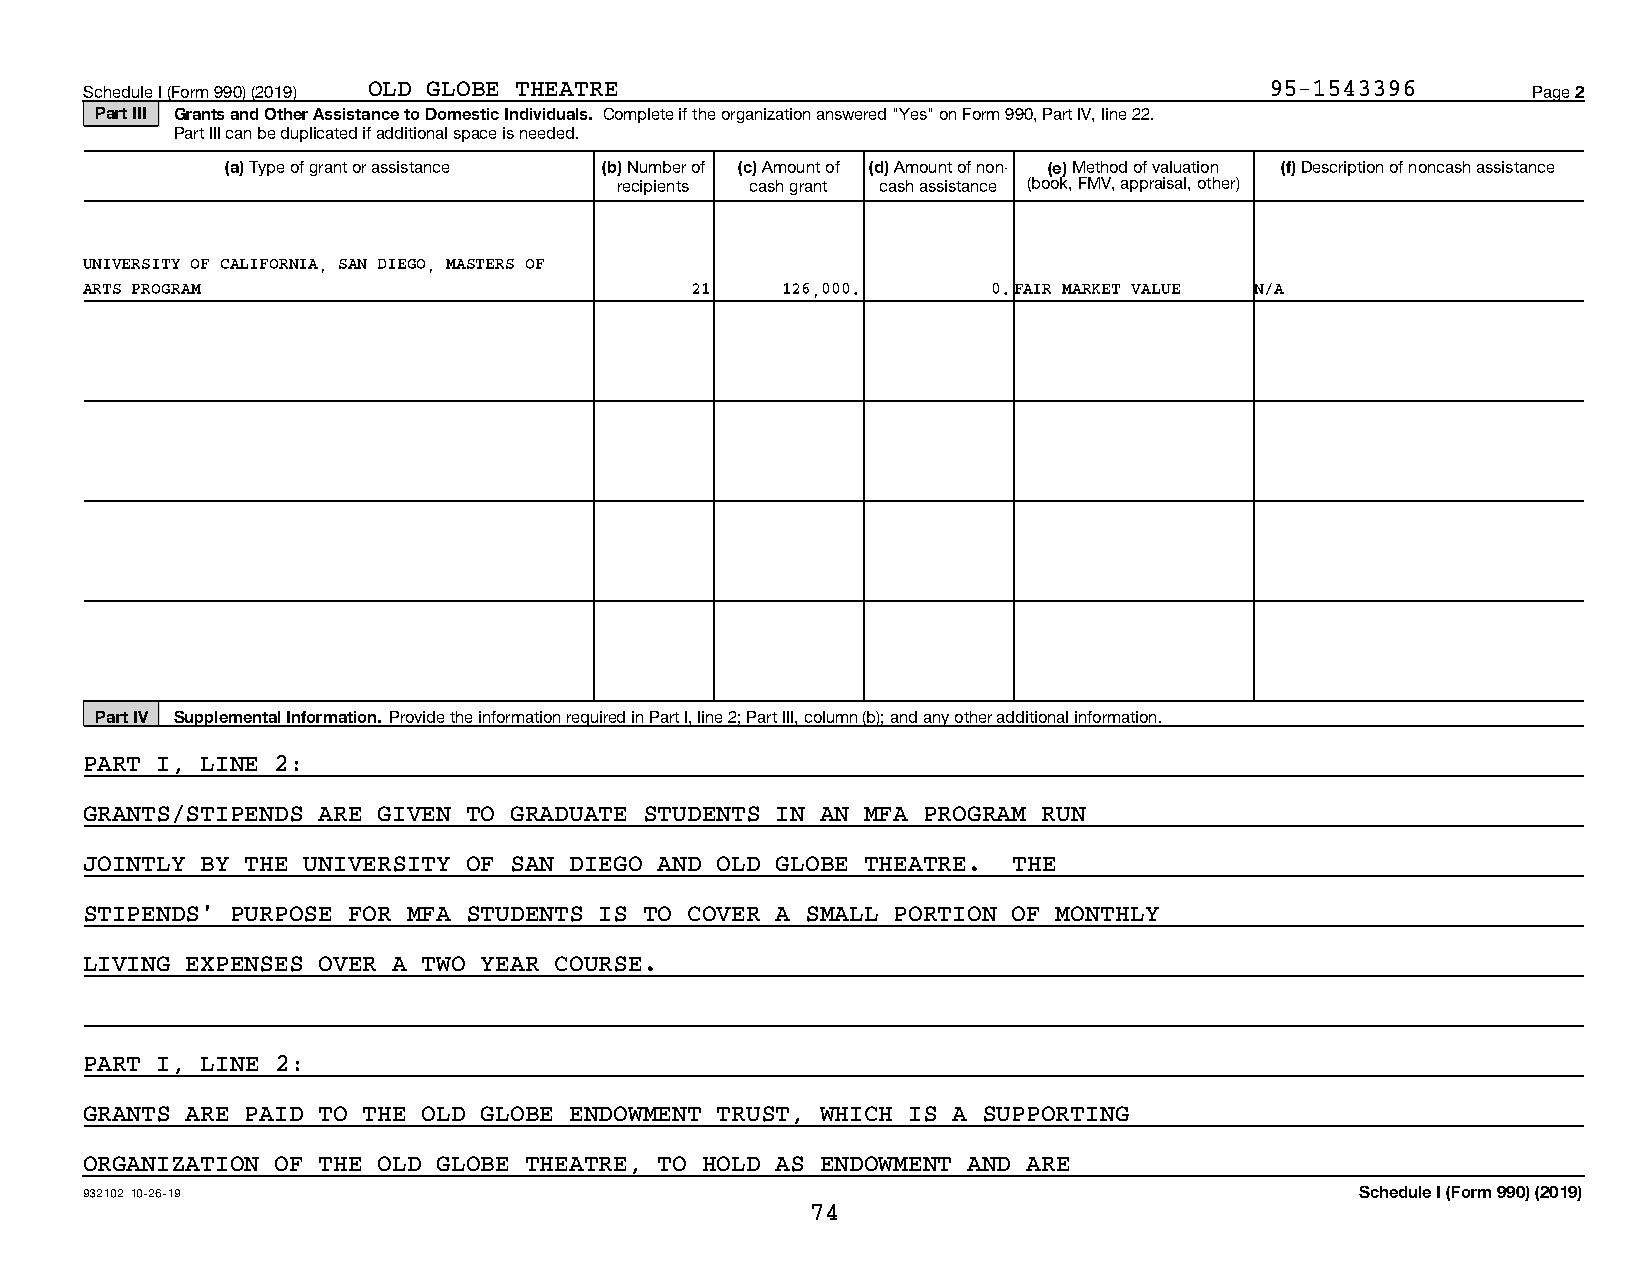
Schedule I (Form 990) (2019) OLD GLOBE THEATRE                                95-1543396       Page 2
 Part III Grants and Other Assistance to Domestic Individuals. Complete if the organization answered "Yes" on Form 990, Part IV, line 22.
 Part III can be duplicated if additional space is needed.
 (a) Type of grant or assistance (b) Number of (c) Amount of (d) Amount of non- (e) Method of valuation (f) Description of noncash assistance
 recipients cash grant cash assistance (book, FMV, appraisal, other)
 UNIVERSITY OF CALIFORNIA, SAN DIEGO, MASTERS OF
 ARTS PROGRAM                            21    126,000.      0.FAIR MARKET VALUE N/A
 Part IV Supplemental Information. Provide the information required in Part I, line 2; Part III, column (b); and any other additional information.
 PART I, LINE 2:
 GRANTS/STIPENDS ARE GIVEN TO GRADUATE STUDENTS IN AN MFA PROGRAM RUN
 JOINTLY BY THE UNIVERSITY OF SAN DIEGO AND OLD GLOBE THEATRE. THE
 STIPENDS' PURPOSE FOR MFA STUDENTS IS TO COVER A SMALL PORTION OF MONTHLY
 LIVING EXPENSES OVER A TWO YEAR COURSE.
 PART I, LINE 2:
 GRANTS ARE PAID TO THE OLD GLOBE ENDOWMENT TRUST, WHICH IS A SUPPORTING
 ORGANIZATION OF THE OLD GLOBE THEATRE, TO HOLD AS ENDOWMENT AND ARE
 932102 10-26-19                                                                     Schedule I (Form 990) (2019)
 74